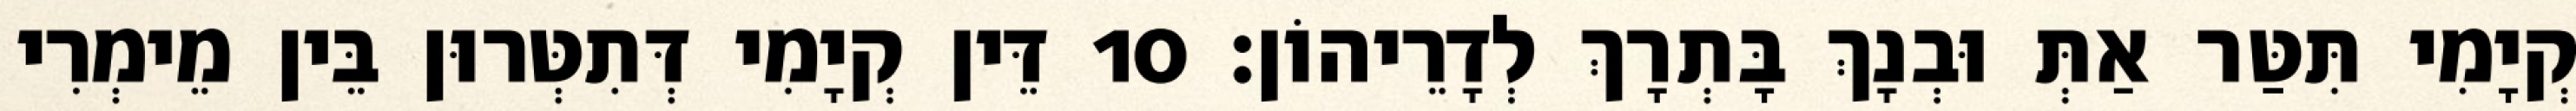
קְיָמִי תִּטַּר אַתְּ וּבְנָךְ בָּתְרָךְ לְדָרֵיהוֹן׃ 10 דֵּין קְיָמִי דְּתִטְּרוּן בֵּין מֵימְרִי